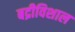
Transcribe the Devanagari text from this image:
बद्रीविशाल